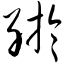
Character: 纡